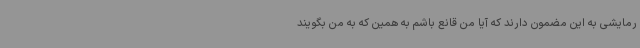
رمایشی به این مضمون دارند که آیا من قانع باشم به همین که به من بگویند